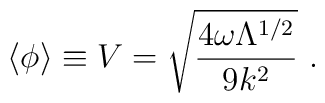
\langle\phi\rangle \equiv V =    \sqrt{\frac{4\omega\Lambda^{1/2}}{9k^{2}}} ~.